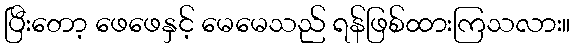
ပြီးတော့ ဖေဖေနှင့် မေမေသည် ရန်ဖြစ်ထားကြသလား။